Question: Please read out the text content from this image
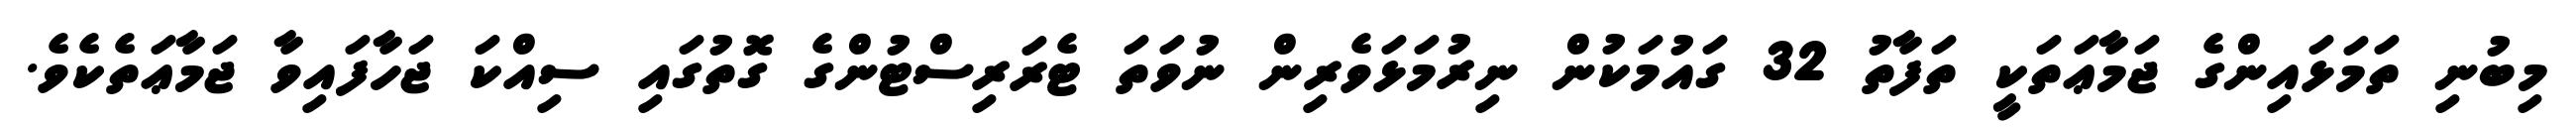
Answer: މިބުނި ތަމަޅައިންގެ ޖަމާޢަތަކީ ތަފާތު 32 ގައުމަކުން ނިރުމަޅަވެރިން ނުވަތަ ޓެރަރިސްޓުންގެ ގޮތުގައި ސިއްކަ ޖަހާފައިވާ ޖަމާޢަތެކެވެ.